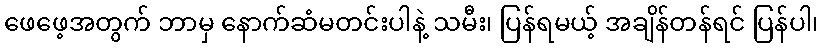
ဖေဖေ့အတွက် ဘာမှ နောက်ဆံမတင်းပါနဲ့ သမီး၊ ပြန်ရမယ့် အချိန်တန်ရင် ပြန်ပါ၊